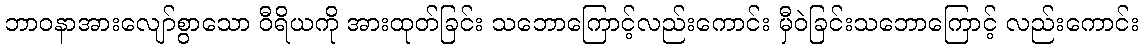
ဘာဝနာအားလျော်စွာသော ဝီရိယကို အားထုတ်ခြင်း သဘောကြောင့်လည်းကောင်း မှီဝဲခြင်းသဘောကြောင့် လည်းကောင်း